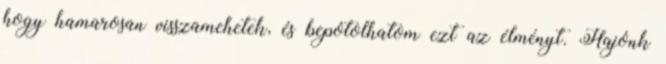
hogy hamarosan visszamehetek, és bepótolhatom ezt az élményt. Hajónk